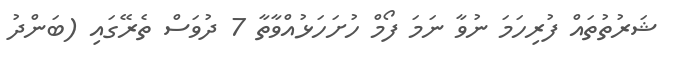
ޝަރުތުތައް ފުރިހަމަ ނުވާ ނަމަ ފޯމް ހުށަހަޅުއްވާތާ 7 ދުވަސް ތެރޭގައި (ބަންދު